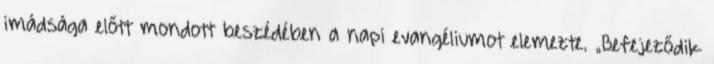
imádsága előtt mondott beszédében a napi evangéliumot elemezte. „Befejeződik